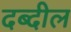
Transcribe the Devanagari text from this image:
दब्दील